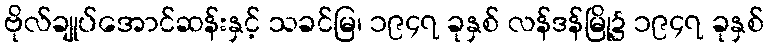
ဗိုလ်ချုပ်အောင်ဆန်းနှင့် သခင်မြ၊ ၁၉၄၇ ခုနှစ် လန်ဒန်မြို့၌ ၁၉၄၇ ခုနှစ်